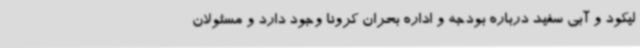
لیکود و آبی سفید درباره بودجه و اداره بحران کرونا وجود دارد و مسئولان